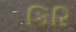
કિરિ